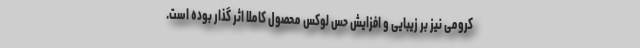
کرومی نیز بر زیبایی و افزایش حس لوکس محصول کاملا اثر گذار بوده است.